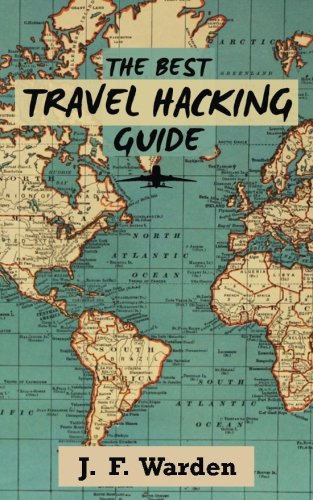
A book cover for The Best Travel Hacking Guide: How to get cheap vacations and earn free flights! (Travel Cheap Series) (Volume 1); J. F. Warden; Travel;